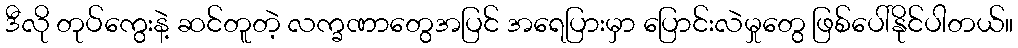
ဒီလို တုပ်ကွေးနဲ့ ဆင်တူတဲ့ လက္ခဏာတွေအပြင် အရေပြားမှာ ပြောင်းလဲမှုတွေ ဖြစ်ပေါ်နိုင်ပါတယ်။